Report of the Municipal Commissioner on the plague in Bombay for the year ending 31st May... - Volume 1
Disease focus: Plague
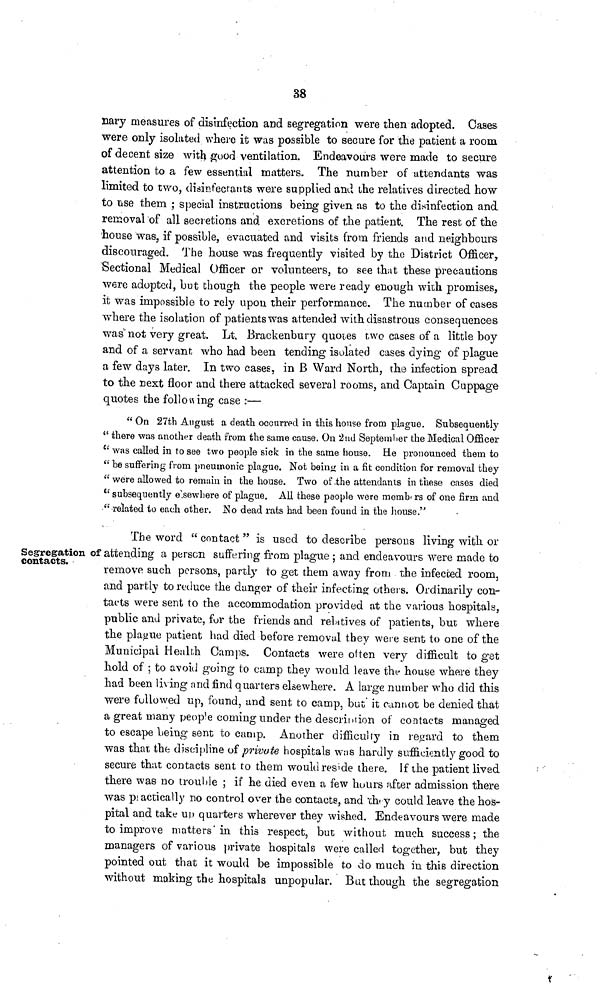
38
nary measures of disinfection and segregation were then adopted. Cases
were only isolated where it was possible to secure for the patient a room
of decent size with good ventilation. Endeavours were made to secure
attention to a few essential matters. The number of attendants was
limited to two, disinfectants were supplied and the relatives directed how
to use them ; special instructions being given as to the disinfection and
removal of all secretions and excretions of the patient. The rest of the
house was, if possible, evacuated and visits from friends and neighbours
discouraged. The house was frequently visited by the District Officer,
Sectional Medical Officer or volunteers, to see that these precautions
were adopted, but though the people were ready enough with promises,
it was impossible to rely upon their performance. The number of cases
where the isolation of patients was attended with disastrous consequences
was not very great. Lt. Brackenbury quotes two cases of a little boy
and of a servant who had been tending isolated cases dying of plague
a few days later. In two cases, in B Ward North, the infection spread
to the next floor and there attacked several rooms, and Captain Cuppage
quotes the following case :—
" On 27th August a death occurred in this house from plague. Subsequently
" there was another death from the same cause. On 2nd September the Medical Officer
" was called in to see two people sick in the sanie house. He pronounced them to
" be suffering from pneumonic plague. Not being in a fit condition for removal they
" were allowed to remain in the house. Two of the attendants in these cases died
" subsequently elsewhere of plague. All these people were memb< rs of one firm and
" related to each other. No dead rats had been found in the house."
Segregation of
contacts.
The word "contact" is used to describe persons living with or
' attending a person suffering from plague ; and endeavours were made to
remove such persons, partly to get them away from the infected room,
and partly to reduce the danger of their infecting others. Ordinarily con-
tacts were sent to the accommodation provided at the various hospitals,
public and private, for the friends and relatives of patients, but where
the plague, patient bad died before removal they were sent to one of the
Municipal Health Camps. Contacts were often very difficult to get
hold of ; to avoid going to camp they would leave the house where they
had been living arid find quarters elsewhere. A large number who did this
were followed up, found, and sent to camp, but it cannot be denied that
a great many people coming under the description of contacts managed
to escape being sent to camp. Another difficulty in regard to them
was that the discipline of private hospitals was hardly sufficiently good to
secure that contacts sent to them would reside there. If the patient lived
there was no trouble ; if he died even a few hours after admission there
was practically no control over the contacts, and they could leave the hos-
pital and take up quarters wherever they wished. Endeavours were made
to improve matters in this respect, but without much success; the
managers of various private hospitals were called together, but they
pointed out that it would be impossible to do much in this direction
without making the hospitals unpopular. But though the segregation